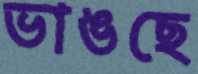
ভাঙছে